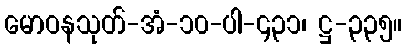
မောဝနသုတ်-အံ-၁၀-ပါ-၄၃၁၊ ဋ္ဌ-၃၃၅။